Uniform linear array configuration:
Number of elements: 16
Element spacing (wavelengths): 0.75
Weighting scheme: cosine
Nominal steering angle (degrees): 30
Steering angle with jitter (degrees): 31.976
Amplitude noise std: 0.05
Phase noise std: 0.05

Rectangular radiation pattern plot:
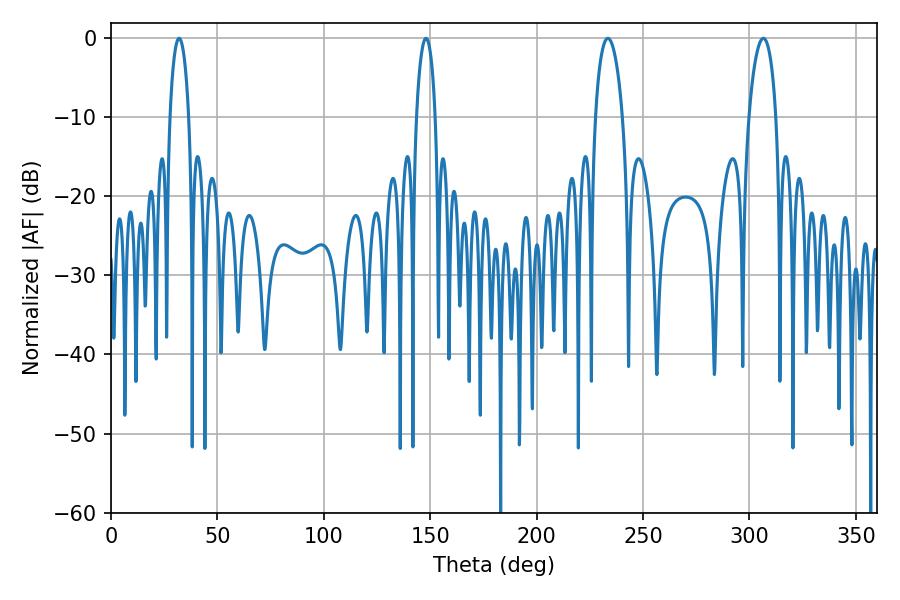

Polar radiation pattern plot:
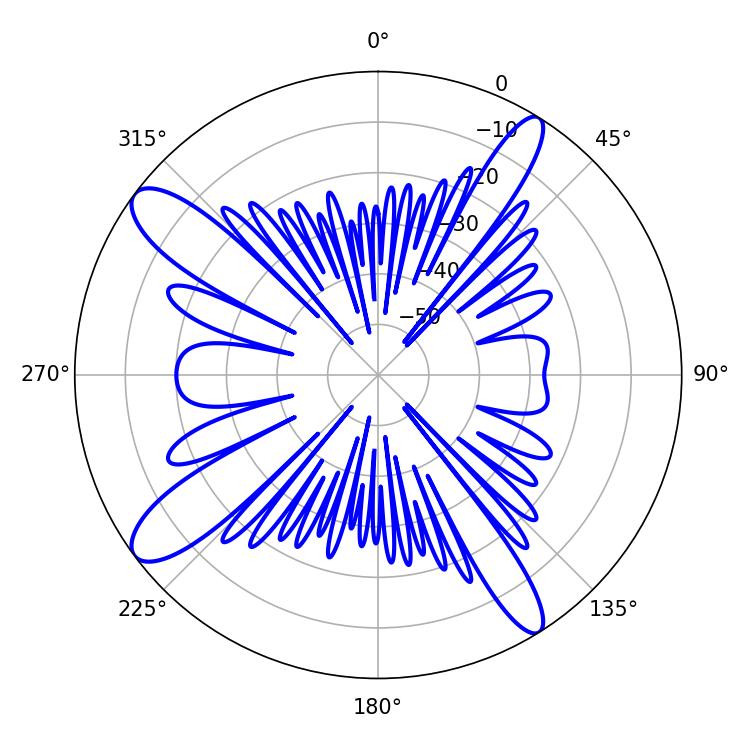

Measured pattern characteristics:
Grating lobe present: TRUE
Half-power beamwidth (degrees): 7.2
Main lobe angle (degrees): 233.46